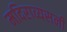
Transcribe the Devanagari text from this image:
मदिराव्यसनी